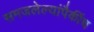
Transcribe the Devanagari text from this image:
समजलेल्यांपैकींच